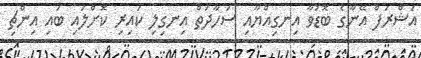
އަޝްރަފް އޭނާގެ ބޮޑުވާ އިނގިއްޔާއި ސަހާދަތް އިނގިލި ކައިރި ކޮށްލައި ބައި އިންޗި